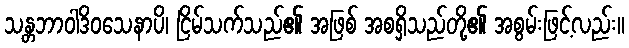
သန္တဘာဝါဒိဝသေနာပိ၊ ငြိမ်သက်သည်၏ အဖြစ် အစရှိသည်တို့၏ အစွမ်းဖြင့်လည်း။